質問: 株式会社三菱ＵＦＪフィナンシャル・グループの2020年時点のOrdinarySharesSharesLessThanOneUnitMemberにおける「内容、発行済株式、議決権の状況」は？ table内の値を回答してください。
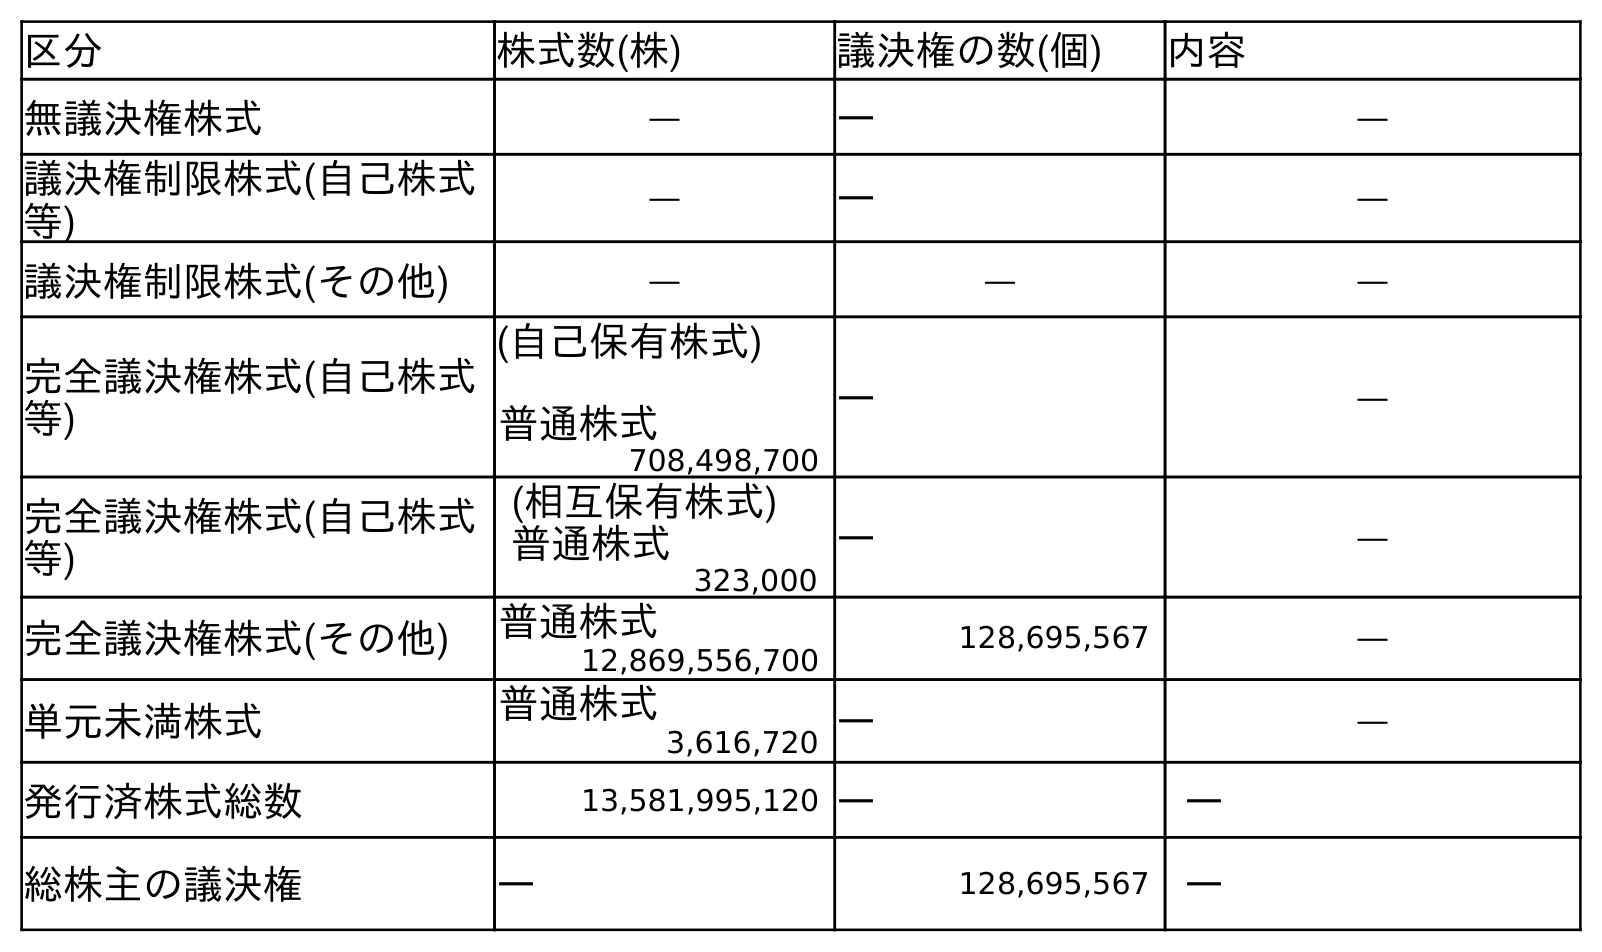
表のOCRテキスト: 区分 株式数(株) 議決権の数(個) 内容 無議決権株式 ― ― ― 議決権制限株式(自己株式 等) ― ― ― 議決権制限株式(その他) ― ― ― 完全議決権株式(自己株式 等) (自己保有株式) 普通株式 ― ― 708,498,700 完全議決権株式(自己株式 等) (相互保有株式) 普通株式 ― ― 323,000 完全議決権株式(その他) 普通株式 128,695,567 ― 12,869,556,700 単元未満株式 普通株式 ― ― 3,616,720 発行済株式総数 13,581,995,120 ― ― 総株主の議決権 ― 128,695,567 ―
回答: ―